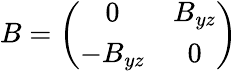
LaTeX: B=\left(\begin{array}{cc}{{0}}&{{B_{yz}}}\\ {{-B_{yz}}}&{{0}}\end{array}\right)